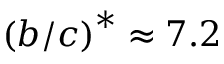
\left( b / c \right) ^ { \ast } \approx 7 . 2